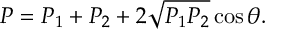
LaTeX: P = P _ { 1 } + P _ { 2 } + 2 \sqrt { P _ { 1 } P _ { 2 } } \cos \theta .